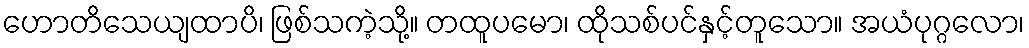
ဟောတိသေယျထာပိ၊ ဖြစ်သကဲ့သို့။ တထူပမော၊ ထိုသစ်ပင်နှင့်တူသော။ အယံပုဂ္ဂလော၊